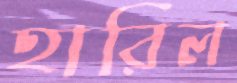
হারিল